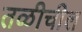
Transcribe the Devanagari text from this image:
तळीचील